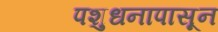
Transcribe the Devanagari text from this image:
पशुधनापासून